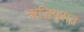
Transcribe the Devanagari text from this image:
ऋद्धिपुरात